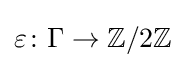
\varepsilon \colon \Gamma \to \mathbb {Z} /2\mathbb {Z}